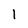
Character: I